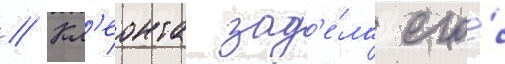
// Кл'еонта зад'е́ла его́